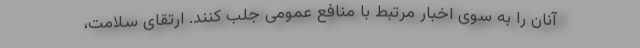
آنان را به سوی اخبار مرتبط با منافع عمومی جلب کنند. ارتقای سلامت،